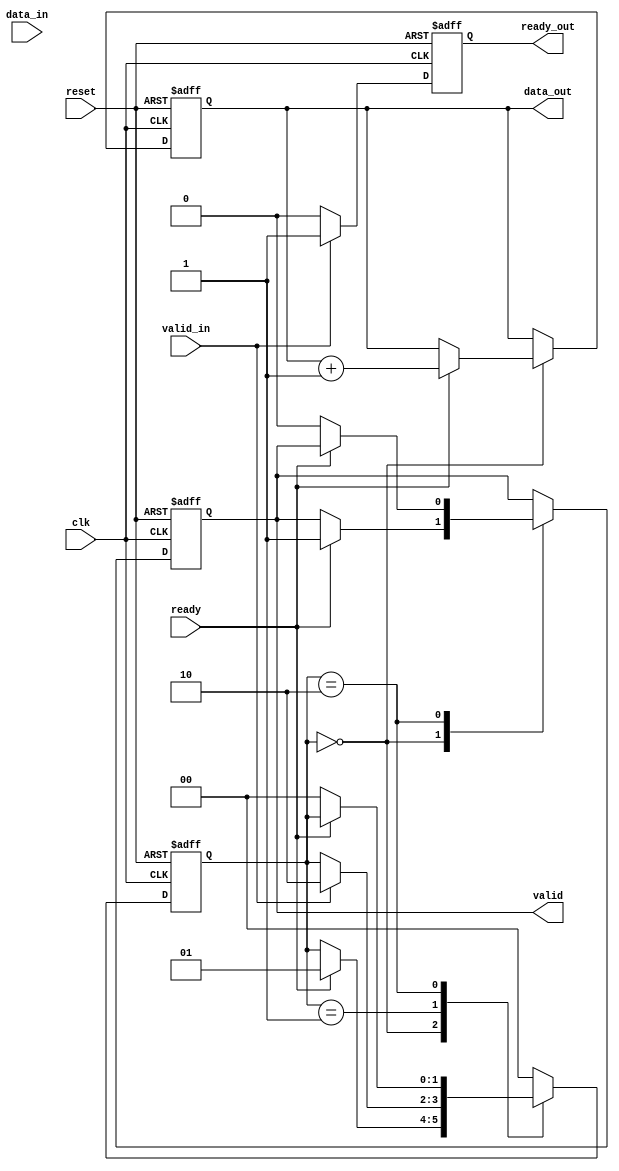
module ready_valid_handshake (
    input wire clk,
    input wire reset,
    
    // Producer Interface
    output reg valid,
    output reg [7:0] data_out, // Example data width of 8 bits
    input wire ready,
    
    // Consumer Interface
    input wire valid_in,
    input wire [7:0] data_in,
    output reg ready_out
);

// State definition for the producer
reg [1:0] state; // 2-bit state variable
localparam IDLE = 2'b00,
           SEND = 2'b01,
           WAIT_ACK = 2'b10;

// Producer Logic
always @(posedge clk or posedge reset) begin
    if (reset) begin
        state <= IDLE;
        valid <= 1'b0;
        data_out <= 8'd0;
    end else begin
        case (state)
            IDLE: begin
                // Wait for consumer to be ready
                if (ready) begin
                    // Produce data (for example, incrementing data)
                    data_out <= data_out + 1;
                    valid <= 1'b1; // Assert valid signal
                    state <= SEND;
                end
            end
            
            SEND: begin
                // Wait for consumer to acknowledge receipt
                if (valid_in) begin
                    // Consumer has read the data
                    state <= WAIT_ACK;
                end
            end
            
            WAIT_ACK: begin
                // If consumer is no longer ready, deassert valid
                if (!ready) begin
                    valid <= 1'b0; // Deassert valid signal
                    state <= IDLE; // Go back to IDLE state
                end
            end
            
            default: state <= IDLE;
        endcase
    end
end

// Consumer Logic
always @(posedge clk or posedge reset) begin
    if (reset) begin
        ready_out <= 1'b0;
    end else begin
        // Consumer readiness logic
        if (valid_in) begin
            // Read data when valid is high
            ready_out <= 1'b1; // Assert ready signal
        end else begin
            ready_out <= 1'b0; // Deassert ready signal when not valid
        end
    end
end

endmodule